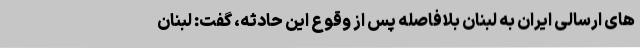
های ارسالی ایران به لبنان بلافاصله پس از وقوع این حادثه، گفت: لبنان